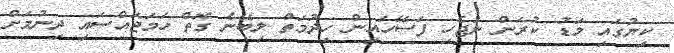
ކިޔުގައި މަޑު ކުރަން ނުޖެހި ފަސޭހައިން ހިދުމަތް ލިބޭނެ ގޮތް ހަމަޖައްސައި ދިނުމަށް